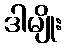
ဒါမျိုး